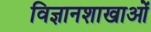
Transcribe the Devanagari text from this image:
विज्ञानशाखाओं